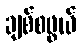
ချစ်စဖွယ်